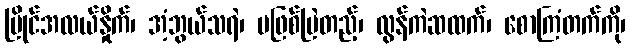
မြိုင်အလယ်နှိုက်၊ အံ့ဘွယ်သရဲ၊ မဖြစ်မြဲတည့်၊ လွန်ကဲဆထက်၊ စောကြံတက်ကို၊